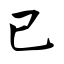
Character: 己